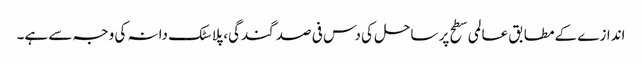
اندازے کے مطابق عالمی سطح پر ساحل کی دس فی صد گندگی، پلاسٹک دانہ کی وجہ سے ہے۔